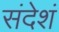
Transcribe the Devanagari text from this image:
संदेशं